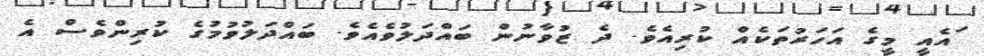
ައެއީ މީގެ އަހަރުތަކެއް ކުރިއެވެ. ދެ ޒުވާނުން ބައްދަލުވެއެވެ. ބައްދަލުވުމުގެ ކުރިންވެސް އެ